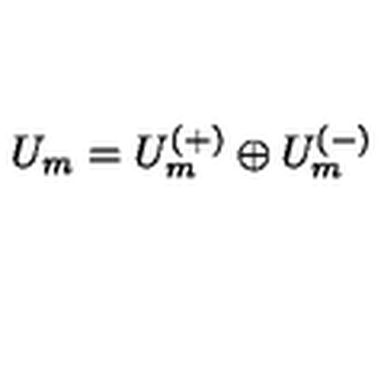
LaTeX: U _ { m } = U _ { m } ^ { ( + ) } \oplus U _ { m } ^ { ( - ) }